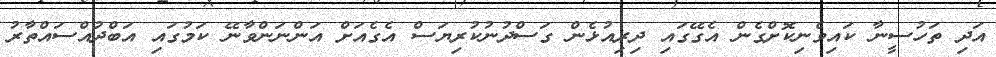
އަދި ތަހުސީނާ ކައިވެނިކޮށްގެން އެގޭގައި ދިރިއުޅެން ގަސްދުނުކުރިޔަސް އެގެއަށް އަންނަންވާނޭ ކަމުގައި އަބްދުއްސައްތާރު